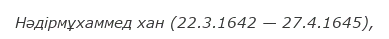
Нәдірмұхаммед хан (22.3.1642 — 27.4.1645),